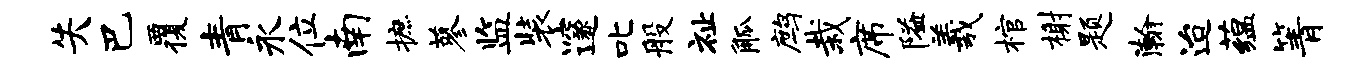
失巴覆青永位南摭蓼监装邃叱般祉觚鹧栽席隘羲棺榭题瀚迨蕴箐